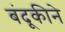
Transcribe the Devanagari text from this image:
बंदूकीने